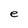
Character: e